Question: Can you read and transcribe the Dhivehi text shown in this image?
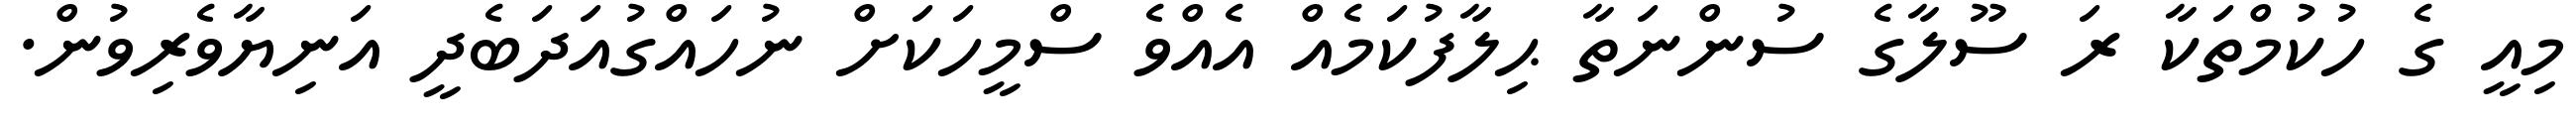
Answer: މިއީ ގެ ހުކުމްތަކާ ރަ ސޫލާގެ ސުންނަތާ ޙިލާފުކަމެއް އެއްވެ ސްމީހަކަށް ނުހައްގުއަދަބެދީ އަނިޔާވެރިވުން.